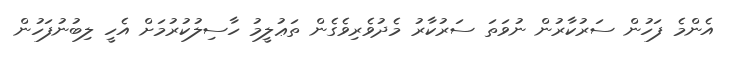
އެންމެ ފަހުން ސަރުކާރުން ނުވަތަ ސަރުކާރު މެދުވެރިވެގެން ތަޢުލީމު ހާސިލުކުރުމަށް އެހީ ލިބުނުފަހުން